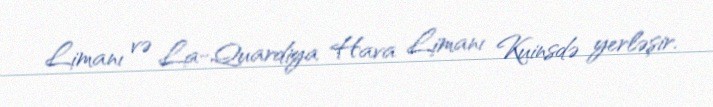
Limanı və La-Quardiya Hava Limanı Kuinsdə yerləşir.